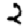
Digit: 2